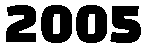
2005